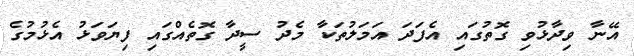
އޭނާ ވިދާޅުވި ގޮތުގައި އެފަދަ އަމަލުތަކާ މެދު ސީދާ ގޮތެއްގައި ފިޔަވަޅު އެޅުމުގެ